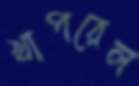
খাপরেল